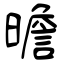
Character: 曕